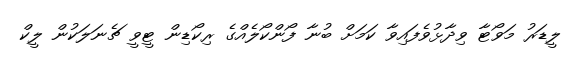
ލީޑަރު މަވޯޓާ ވިދާޅުވެފައިވާ ކަމަށް ބުނާ ފޯންކޯލެއްގެ ރިކޯޑިން ޓީވީ ޗެނަލަކުން ލީކް